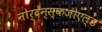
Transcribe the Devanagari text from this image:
नोर्देन्स्कजोएल्ड